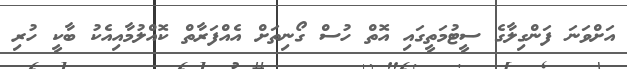
އަށްވަނަ ފަންގިލާގެ ސީޓުމަތީގައި އޮތް ހުސް ގޯނިތަށް އެއްފަރާތް ކޮއްލުމާއިއެކު ބާކީ ހުރި